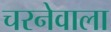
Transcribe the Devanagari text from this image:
चरनेवाला